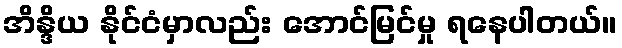
အိန္ဒိယ နိုင်ငံမှာလည်း အောင်မြင်မှု ရနေပါတယ်။